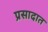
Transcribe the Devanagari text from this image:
प्रसादात